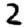
Digit: 2